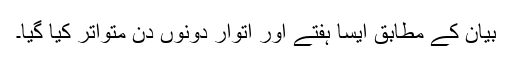
بیان کے مطابق ایسا ہفتے اور اتوار دونوں دن متواتر کیا گیا۔